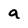
Character: a